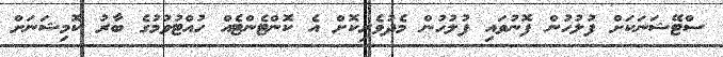
ސްޓޭޝަނަކަށް ފުލުހުން ފޮނުވައި ފުލުހުން މެދުވެރިކޮށް އެ ކޮންޓެންޓެއް ހުއްޓުވުމުގެ ބާރު ކޮމިޝަނަށް